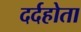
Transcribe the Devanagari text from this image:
दर्दहोता